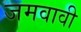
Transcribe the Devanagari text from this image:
जमवावी